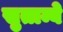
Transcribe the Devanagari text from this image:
सुताम्बे